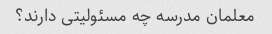
معلمان مدرسه چه مسئولیتی دارند؟